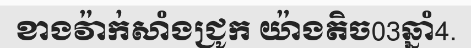
ខាងវ៉ាក់សាំងជ្រូក យ៉ាងតិច03ឆ្នាំ4.